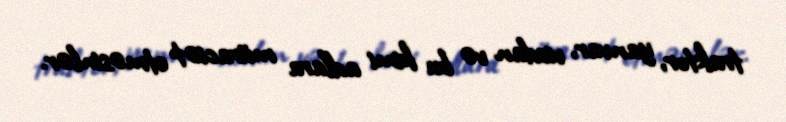
traktor, yanvar, vicdan və bu kimi adlara müraciət etməsinlər.